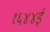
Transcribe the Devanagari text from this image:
१६४४ई